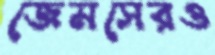
জেমসেরও